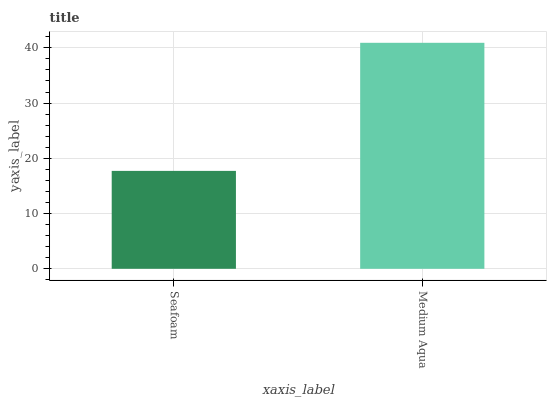
| xaxis_label | bars |
 | --- | --- |
 | Seafoam | 17.7 |
 | Medium Aqua | 40.9 |